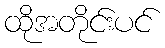
ထိုအတိုင်းပင်